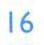
16